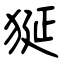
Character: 狿